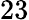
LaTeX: \mathrm{23}